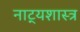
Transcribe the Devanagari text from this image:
नाट्‍यशास्त्र